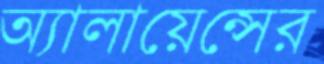
অ্যালায়েন্সের